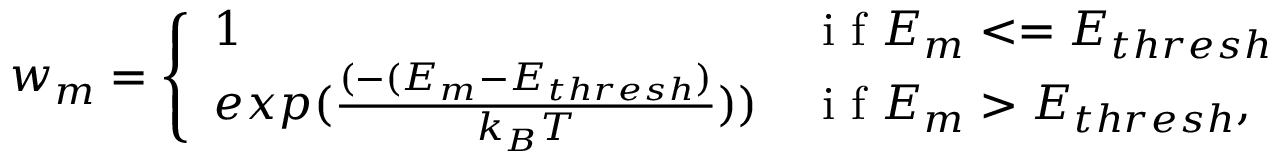
w _ { m } = \left\{ \begin{array} { l l } { 1 } & { \mathrm { ~ i ~ f ~ } E _ { m } < = E _ { t h r e s h } } \\ { e x p ( { \frac { ( - ( E _ { m } - E _ { t h r e s h } ) } { k _ { B } T } ) } ) } & { \mathrm { ~ i ~ f ~ } E _ { m } > E _ { t h r e s h } , } \end{array} \right.